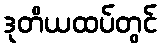
ဒုတိယထပ်တွင်